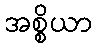
အစ္စိယာ